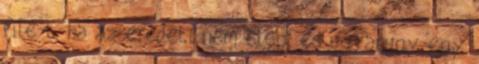
file-t, ha az eredeti nem eleg, es ugyanugy egy